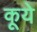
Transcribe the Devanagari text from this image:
कूये